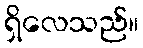
ရှိလေသည်။